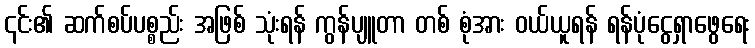
၎င်း၏ ဆက်စပ်ပစ္စည်း အဖြစ် သုံးရန် ကွန်ပျူတာ တစ် စုံအား ဝယ်ယူရန် ရန်ပုံငွေရှာဖွေရေး